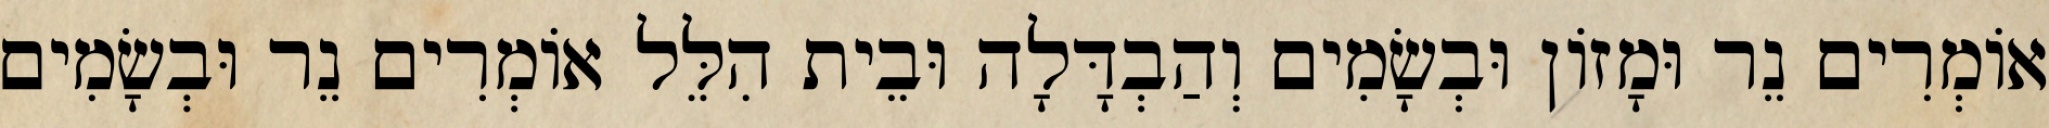
אוֹמְרִים נֵר וּמָזוֹן וּבְשָׂמִים וְהַבְדָּלָה וּבֵית הִלֵּל אוֹמְרִים נֵר וּבְשָׂמִים